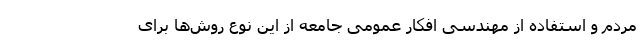
مردم و استفاده از مهندسی افکار عمومی جامعه از این نوع روش‌ها برای